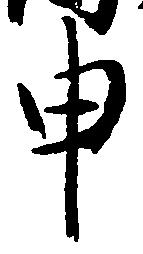
申